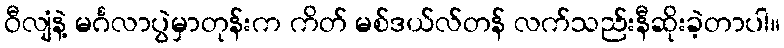
ဝီလျံနဲ့ မင်္ဂလာပွဲမှာတုန်းက ကိတ် မစ်ဒယ်လ်တန် လက်သည်းနီဆိုးခဲ့တာပါ။